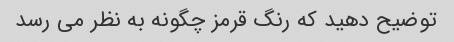
توضیح دهید که رنگ قرمز چگونه به نظر می رسد